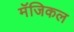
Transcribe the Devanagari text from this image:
मॅजिकल